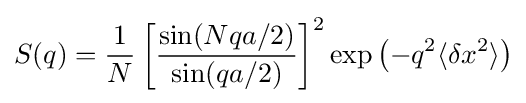
S(q)={\frac {1}{N}}\left[{\frac {\sin(Nqa/2)}{\sin(qa/2)}}\right]^{2}\exp \left(-q^{2}\langle \delta x^{2}\rangle \right)